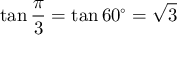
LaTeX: \tan { \frac { \pi } { 3 } } = \tan 6 0 ^ { \circ } = { \sqrt { 3 } }